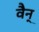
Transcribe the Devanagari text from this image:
वैन्